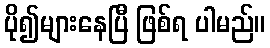
ပို၍များနေပြီ ဖြစ်ရ ပါမည်။